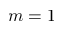
m = 1